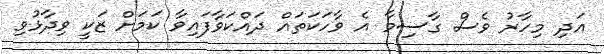
އަދި މިހާރު ވެސް ގާސިމާ އެ ވާހަކަތައް ދައްކަވާފައިވާ ކަމަށް ޒަކީ ވިދާޅުވި